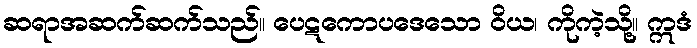
ဆရာအဆက်ဆက်သည်။ ပေဋကောပဒေသော ဝိယ၊ ကိုကဲ့သို့။ ဣဒံ